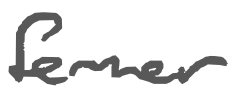
Text: former
Cross-out: clean
Writing tool: digital_gray